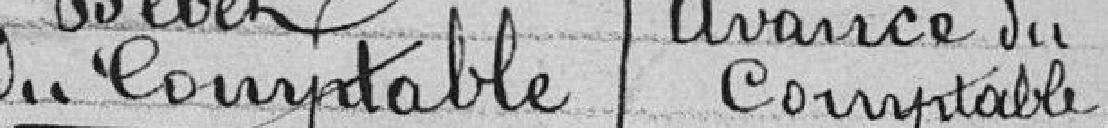
Débet du comptable avance du comptable